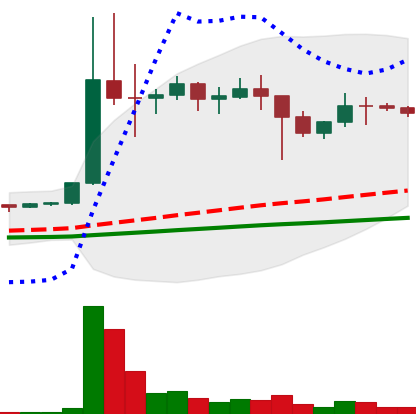
Ticker: DOGE-USD
Chart end date: 2021-01-17
Forward return: -5.989%
Label: down_5_7